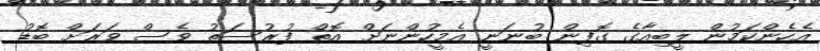
އެހެންކަމުން ލީބިއާގެ ގޮފިން ބުނަނީ އެމީހުންނަށް އޮތް ފުރުސަތު ވެސް ވަރަށް ބޮޑު